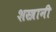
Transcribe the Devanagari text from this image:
शस्त्रानी